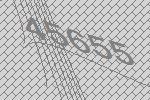
45655